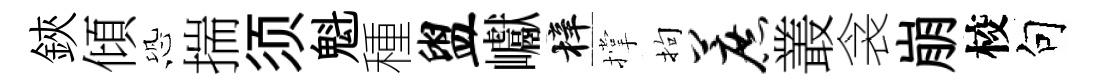
鋏傾恐揣须魁種盥巘梓撑拘蔗叢衾崩校句